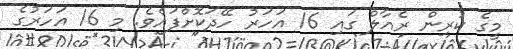
މީގެ ކުރިން ރެއާލް ގައި 16 އަހަރު ހޭދަކޮށްފައެވެ. މި 16 އަހަރުގެ